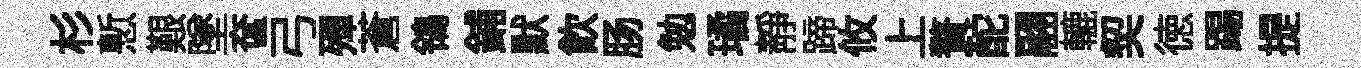
杉慙艱墜奩弓殫蒼鴒鋪默飲肠勉璚静蹄攸上贅酡翮轆契徳踢提